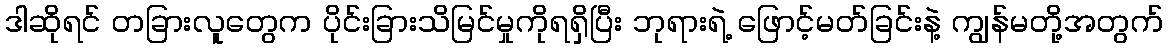
ဒါဆိုရင် တခြားလူတွေက ပိုင်းခြားသိမြင်မှုကိုရရှိပြီး ဘုရားရဲ့ ဖြောင့်မတ်ခြင်းနဲ့ ကျွန်မတို့အတွက်